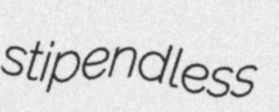
stipendless